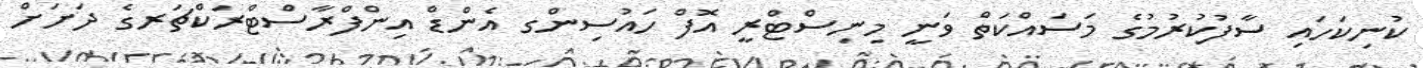
ކުނިކަހައި ސާފުކުރުމުގެ މަސައްކަތް ވަނީ މިނިސްޓްރީ އޮފް ހައުސިންގ އެންޑް އިންފްރާސްޓްރަކްޗަރގެ ދަށަށް